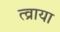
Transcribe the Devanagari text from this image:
त्व्राया